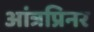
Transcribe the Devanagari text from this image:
आंत्रप्रिनर